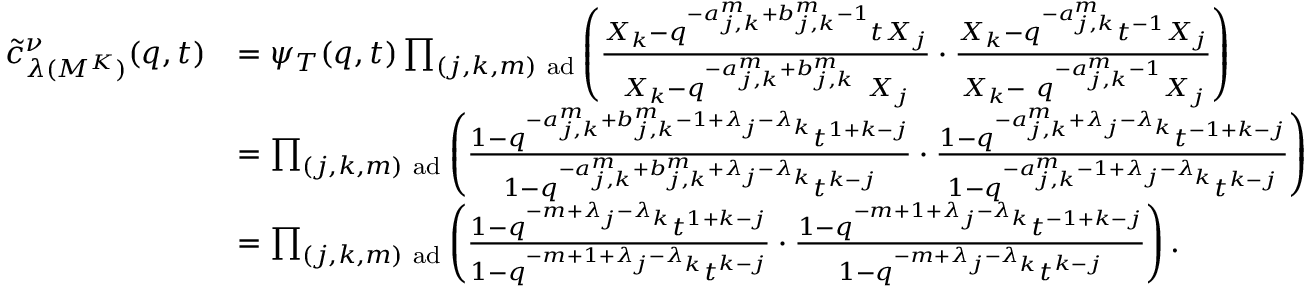
\begin{array} { r l } { \tilde { c } _ { \lambda ( M ^ { K } ) } ^ { \nu } ( q , t ) } & { = \psi _ { T } ( q , t ) \prod _ { ( j , k , m ) \mathrm { ~ a d } } \left( \frac { X _ { k } - q ^ { - a _ { j , k } ^ { m } + b _ { j , k } ^ { m } - 1 } t X _ { j } } { X _ { k } - q ^ { - a _ { j , k } ^ { m } + b _ { j , k } ^ { m } } \ X _ { j } } \cdot \frac { X _ { k } - q ^ { - a _ { j , k } ^ { m } } t ^ { - 1 } X _ { j } } { X _ { k } - \ q ^ { - a _ { j , k } ^ { m } - 1 } X _ { j } } \right) } \\ & { = \prod _ { ( j , k , m ) \mathrm { ~ a d } } \left( \frac { 1 - q ^ { - a _ { j , k } ^ { m } + b _ { j , k } ^ { m } - 1 + \lambda _ { j } - \lambda _ { k } } t ^ { 1 + k - j } } { 1 - q ^ { - a _ { j , k } ^ { m } + b _ { j , k } ^ { m } + \lambda _ { j } - \lambda _ { k } } t ^ { k - j } } \cdot \frac { 1 - q ^ { - a _ { j , k } ^ { m } + \lambda _ { j } - \lambda _ { k } } t ^ { - 1 + k - j } } { 1 - q ^ { - a _ { j , k } ^ { m } - 1 + \lambda _ { j } - \lambda _ { k } } t ^ { k - j } } \right) } \\ & { = \prod _ { ( j , k , m ) \mathrm { ~ a d } } \left( \frac { 1 - q ^ { - m + \lambda _ { j } - \lambda _ { k } } t ^ { 1 + k - j } } { 1 - q ^ { - m + 1 + \lambda _ { j } - \lambda _ { k } } t ^ { k - j } } \cdot \frac { 1 - q ^ { - m + 1 + \lambda _ { j } - \lambda _ { k } } t ^ { - 1 + k - j } } { 1 - q ^ { - m + \lambda _ { j } - \lambda _ { k } } t ^ { k - j } } \right) . } \end{array}